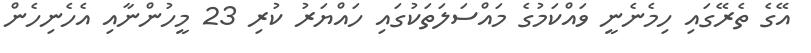
އޭގެ ތެރޭގައި ހިމެނެނީ ވައްކަމުގެ މައްސަލަތަކުގައި ހައްޔަރު ކުރި 23 މީހުންނާއި އެހެނިހެން